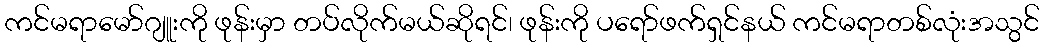
ကင်မရာမော်ဂျူးကို ဖုန်းမှာ တပ်လိုက်မယ်ဆိုရင်၊ ဖုန်းကို ပရော်ဖက်ရှင်နယ် ကင်မရာတစ်လုံးအသွင်